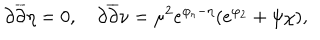
\partial \overline { { { \partial } } } \eta = 0 , \quad \partial \overline { { { \partial } } } \nu = \mu ^ { 2 } e ^ { \varphi _ { r } - \eta } ( e ^ { \varphi _ { 2 } } + { \psi } { \chi } ) ,